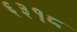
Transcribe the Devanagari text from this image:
६३१८